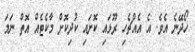
ހޯދޭނެ އެވެ. އެ އެއްޗެހި ރޫޅައި ކޮށައި ކުދިކޮށް މާކެޓެއް އޮތް ނަމަ